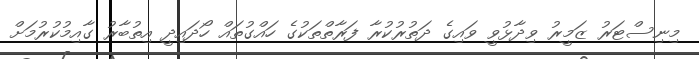
މިނިސްޓަރު ޒަމީރު ވިދާޅުވީ ވައިގެ ދަތުރުކުރާ ފަރާތްތަކުގެ ހައްގުތައް ހޯދައިދީ އިތުބާރު ގާއިމުކުރުމަށް